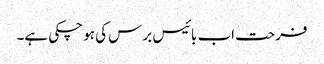
فرحت اب بائیس برس کی ہو چکی ہے۔